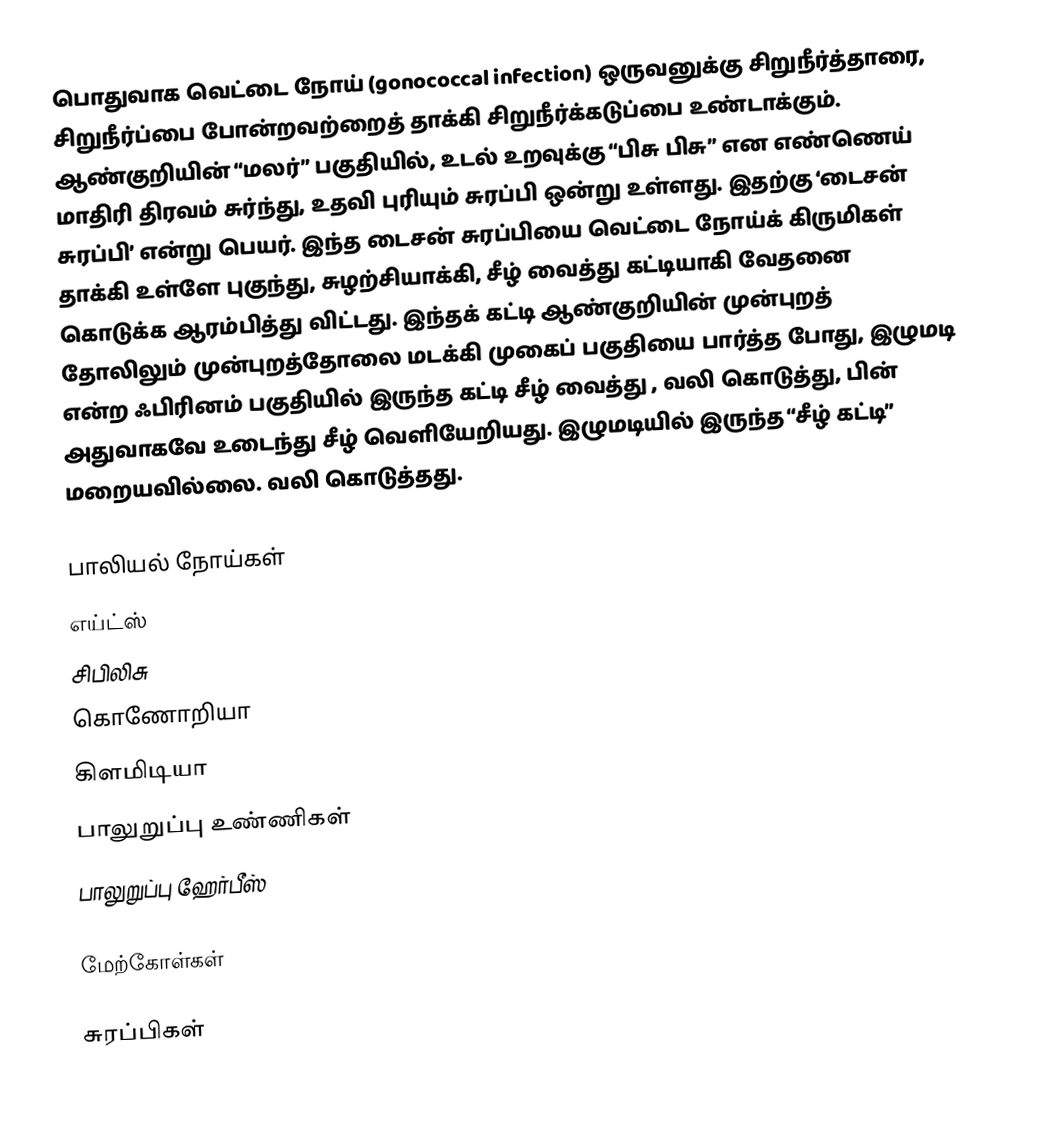
பொதுவாக வெட்டை நோய் (gonococcal infection) ஒருவனுக்கு சிறுநீர்த்தாரை, சிறுநீர்ப்பை போன்றவற்றைத் தாக்கி சிறுநீர்க்கடுப்பை உண்டாக்கும். ஆண்குறியின் “மலர்” பகுதியில், உடல் உறவுக்கு “பிசு பிசு” என எண்ணெய் மாதிரி திரவம் சுர்ந்து, உதவி புரியும் சுரப்பி ஒன்று உள்ளது. இதற்கு ‘டைசன் சுரப்பி’ என்று பெயர். இந்த டைசன் சுரப்பியை வெட்டை நோய்க் கிருமிகள் தாக்கி உள்ளே புகுந்து, சுழற்சியாக்கி, சீழ் வைத்து கட்டியாகி வேதனை கொடுக்க ஆரம்பித்து விட்டது. இந்தக் கட்டி ஆண்குறியின் முன்புறத் தோலிலும் முன்புறத்தோலை மடக்கி முகைப் பகுதியை பார்த்த போது, இழுமடி என்ற ஃபிரினம் பகுதியில் இருந்த கட்டி சீழ் வைத்து , வலி கொடுத்து, பின் அதுவாகவே உடைந்து சீழ் வெளியேறியது. இழுமடியில் இருந்த “சீழ் கட்டி” மறையவில்லை. வலி கொடுத்தது.

பாலியல் நோய்கள்
 எய்ட்ஸ்
 சிபிலிசு
 கொணோறியா
 கிளமிடியா
 பாலுறுப்பு உண்ணிகள்
 பாலுறுப்பு ஹேர்பீஸ்

மேற்கோள்கள்

சுரப்பிகள்